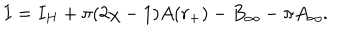
I = I _ { H } + \pi ( 2 \chi - 1 ) A ( r _ { + } ) - B _ { \infty } - \pi A _ { \infty } .